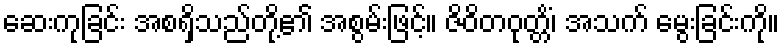
ဆေးကုခြင်း အစရှိသည်တို့၏ အစွမ်းဖြင့်။ ဇိဝိတဝုတ္တိံ၊ အသက် မွေးခြင်းကို။